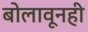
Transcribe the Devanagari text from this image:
बोलावूनही